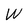
Character: W